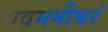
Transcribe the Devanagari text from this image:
नवममीश्वरं